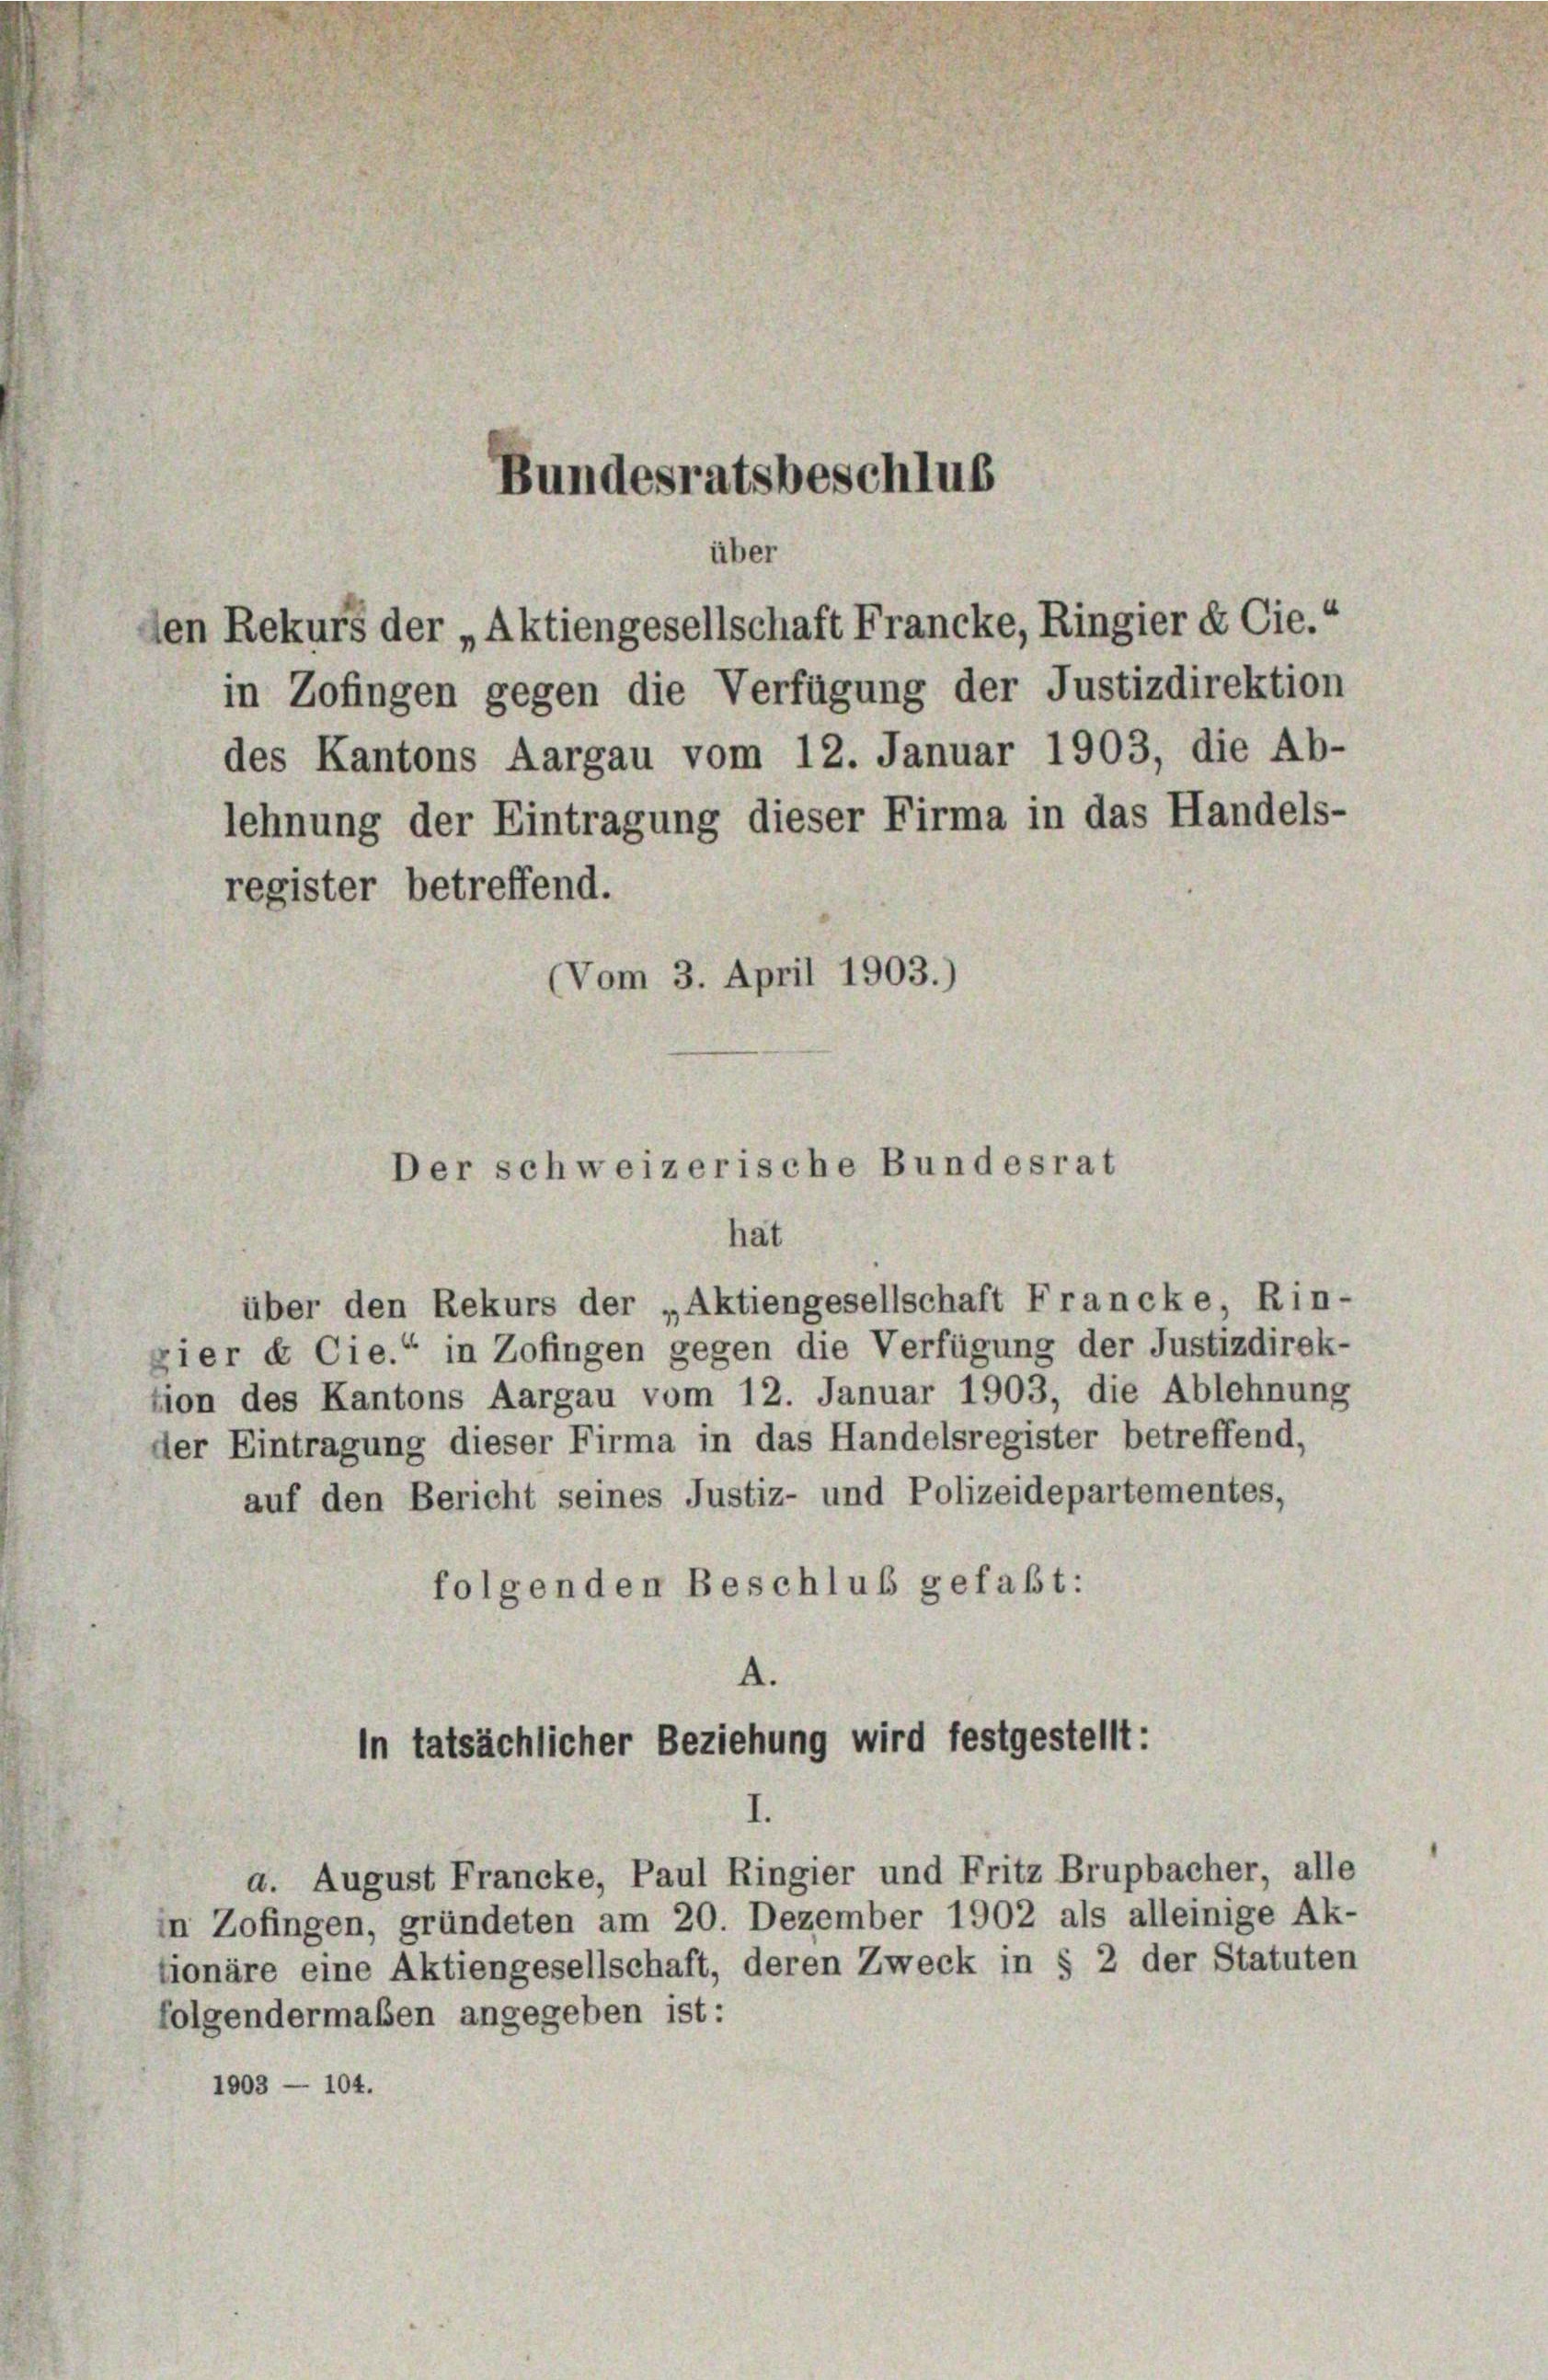
Bundesratsbeschlus

den Rekurs der „Aktiengesellschaft Francke, Ringier & Cie.“
in Zofingen gegen die Verfügung der Justizdirektion
des Kantons Aargau vom 12. Januar 1903, die Ab-
lehnung der Eintragung dieser Firma in das Handels-
register betreffend.
(Vom 3. April 1903.)

über den Rekurs der „Aktiengesellschaft Francke, Rin-
zier & Cie.“ in Zofingen gegen die Verfügung der Justizdirek-
tion des Kantons Aargau vom 12. Januar 1903, die Ablehnung
der Eintragung dieser Firma in das Handelsregister betreffend,
auf den Bericht seines Justiz- und Polizeidepartementes,
folgenden Beschluß gefaßt:
A.

über
Der schweizerische Bundesrat
hat

in tatsächlicher Beziehung wird festgestellt:
I

a. August Francke, Paul Ringier und Fritz Brupbacher, alle
in Zofingen, gründeten am 20. Dezember 1902 als alleinige Ak-
tionäre eine Aktiengesellschaft, deren Zweck in § 2 der Statuten
folgendermaßen angegeben ist:
1903 — 104.